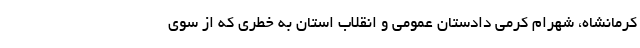
کرمانشاه، شهرام کرمی دادستان عمومی و انقلاب استان به خطری که از سوی